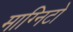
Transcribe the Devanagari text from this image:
माग्निटो